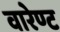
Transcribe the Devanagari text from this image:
वारेण्ट